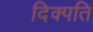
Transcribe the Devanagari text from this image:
दिक्पति